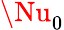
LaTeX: \Nu_{0}